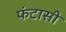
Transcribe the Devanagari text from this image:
फंटासी